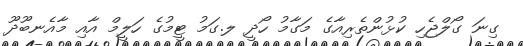
ގިނަ ގޯލްޖެހި ކުޅުންތެރިއާގެ މަގާމު ހޯދީ ލ.ގަމު ޓީމުގެ ހަލީމް އާއި މާއެނބޫދޫ